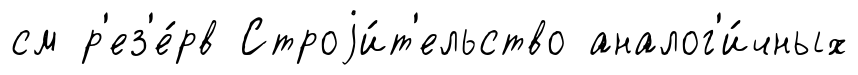
см р'ез'е́рв Строjи́т'ельство аналог'и́чных